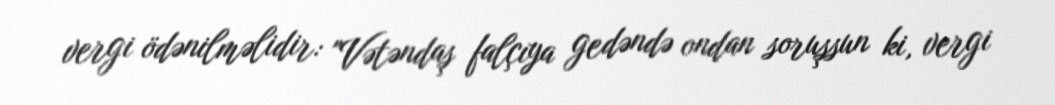
vergi ödənilməlidir: "Vətəndaş falçıya gedəndə ondan soruşsun ki, vergi